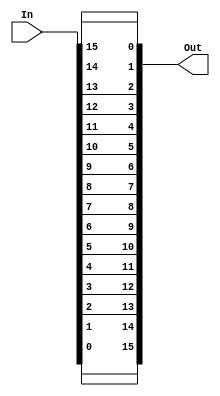
module bitRotate(In, Out);
	input [15:0] In;
	output [15:0] Out;


	// Rd[bit i] <- Rs[bit 15-i] for i=0..15
	assign Out[0] = In[15];
	assign Out[1] = In[14];
	assign Out[2] = In[13];
	assign Out[3] = In[12];
	assign Out[4] = In[11];
	assign Out[5] = In[10];
	assign Out[6] = In[9];
	assign Out[7] = In[8];
	assign Out[8] = In[7];
	assign Out[9] = In[6];
	assign Out[10] = In[5];
	assign Out[11] = In[4];
	assign Out[12] = In[3];
	assign Out[13] = In[2];
	assign Out[14] = In[1];
	assign Out[15] = In[0];


endmodule